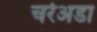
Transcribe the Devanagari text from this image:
चर्रेअडा